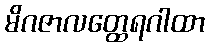
မိဂဇာလတ္ထေရဂါထာ